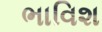
ભાવિશ